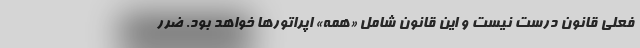
فعلی قانون درست نیست و این قانون شامل «همه» اپراتورها خواهد بود. ضرر